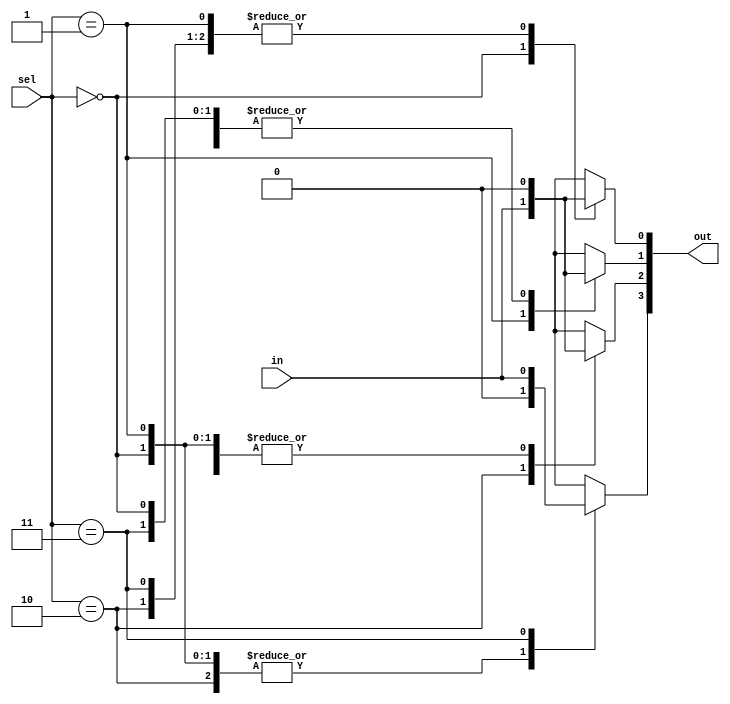
module demux_1to4(
    input in,
    input [1:0] sel,
    output [3:0] out
    );
    reg[3:0] out;
    always@(in,sel)
    begin
      case(sel)
       2'b00 :begin
              out[0]=in;
              out[1]=0;
              out[2]=0;
              out[3]=0;
              end
       2'b01 :begin
              out[0]=0;
              out[1]=in;
              out[2]=0;
              out[3]=0;
              end
       2'b10 :begin
              out[0]=0;
              out[1]=0;
              out[2]=in;
              out[3]=0;
              end
       2'b11 :begin
              out[0]=0;
              out[1]=0;
              out[2]=0;
              out[3]=in;
              end
       default :out=4'b0000;
      endcase
    end
endmodule